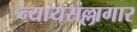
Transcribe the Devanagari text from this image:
न्यायसल्लागार